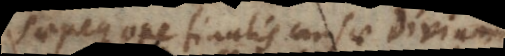
saepeque ope finalis causae divinari